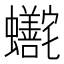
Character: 𬠺